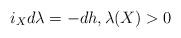
LaTeX: \begin{align*} i_Xd\lambda=-dh,\lambda(X)>0\end{align*}